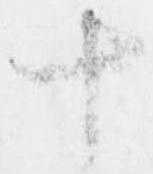
十